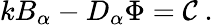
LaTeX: kB_{\alpha}-D_{\alpha}\Phi={\cal C}\mathrm{~.}